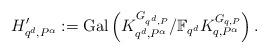
LaTeX: \begin{align*}H'_{q^d,P^\alpha}:=\mathrm{Gal}\left(K_{q^d,P^\alpha}^{G_{q^d,P}}/\mathbb{F}_{q^d}K_{q,P^\alpha}^{G_{q,P}}\right).\end{align*}